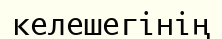
келешегінің